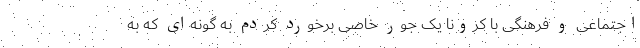
اجتماعی و فرهنگی با کرونا یک جور خاصی برخورد کردم به گونه‌ای که به